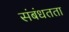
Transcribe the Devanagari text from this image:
संबंधतता